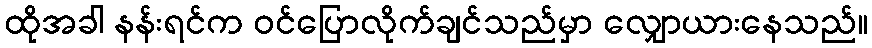
ထိုအခါ နန်းရင်က ဝင်ပြောလိုက်ချင်သည်မှာ လျှောယားနေသည်။